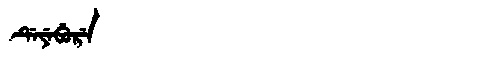
Manchu: ᡩᡝᠶᡝᠪᡠᡵᡝ
Romanization: DEYEBURE